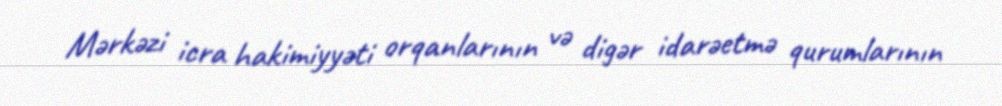
Mərkəzi icra hakimiyyəti orqanlarının və digər idarəetmə qurumlarının